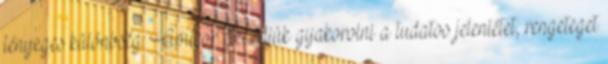
lényeges különbség. Amikor elkezdjük gyakorolni a tudatos jelenlétet, rengeteget